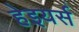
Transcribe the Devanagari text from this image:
हेइयर्स